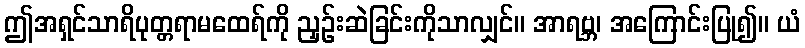
ဤအရှင်သာရိပုတ္တရာမထေရ်ကို ညှဉ်းဆဲခြင်းကိုသာလျှင်။ အာရဗ္ဘ၊ အကြောင်းပြု၍။ ယံ